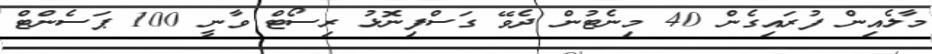
މާލެއިން ފުރައިގެން 40 މިނެޓުން ދެވޭ ގަސްފިނޮޅު ރިސޯޓް ވާނީ 100 ޕަސެންޓް